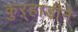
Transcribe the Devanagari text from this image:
कुऱ्हाडीने